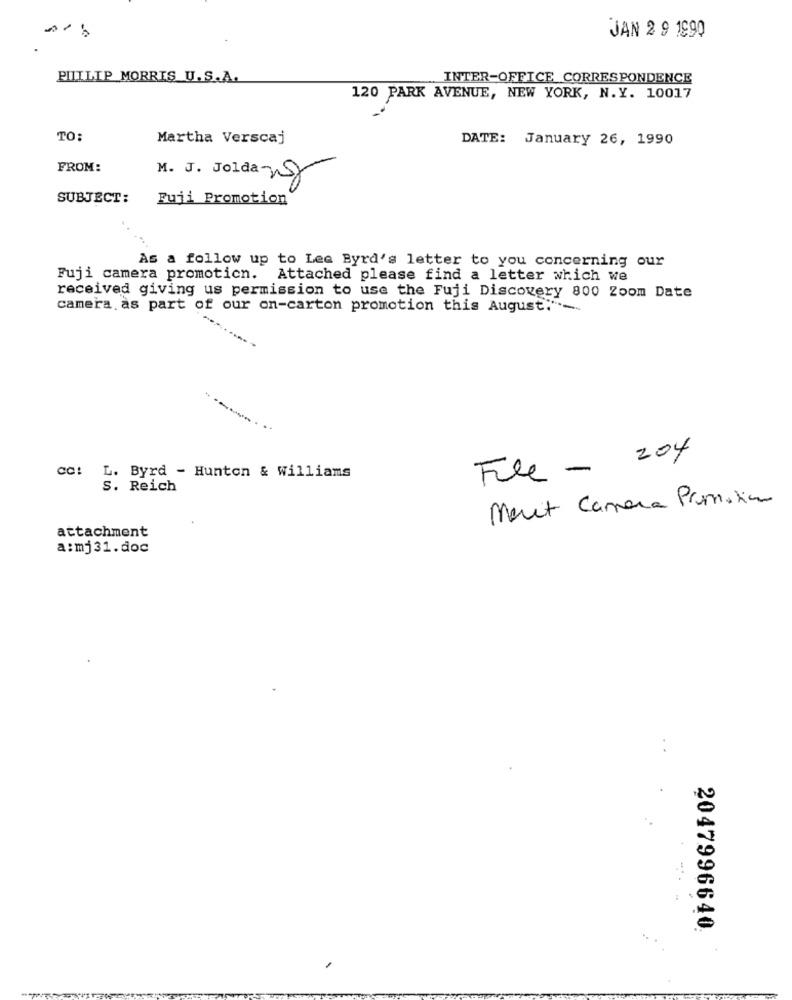
JAN 2 9 1990
PHILIP MORRIS U.S.A.
INTER-OFFICE CORRESPONDENCE
120 PARK AVENUE, NEW YORK, N.Y. 10017
TO:
Martha Verscaj
DATE: January 26, 1990
FROM:
M. J. Jolda 25
SUBJECT:
Fuji Promotion
As a follow up to Lee Byrd's letter to you concerning our
Fuji camera promotion. Attached please find a letter which we
received giving us permission to use the Fuji Discovery 800 Zoom Date
camera as part of our on-carton promotion this August."~
File - 204
cc: L. Byrd - Hunton & Williams
S. Reich
Marit Camera Promotion
attachment
a:mj31.doc
2047996640